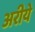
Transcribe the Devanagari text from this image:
अरीये